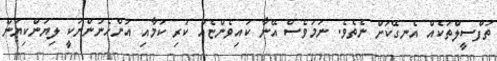
ތަފްސީލްތަކެއް އެނގޭކަށް ނެތެވެ. ނަމަވެސް އޭނާ ކައިވެންޏެއް ކުރި ކަމާއި އަންހެނުންނަކީ ލިޔަންކިޔަން